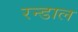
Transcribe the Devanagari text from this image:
रन्डाल